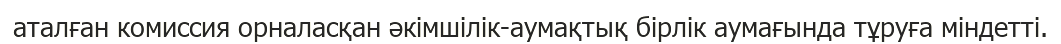
аталған комиссия орналасқан әкімшілік-аумақтық бірлік аумағында тұруға міндетті.